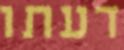
דעתו